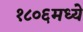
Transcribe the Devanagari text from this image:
१८०६मध्ये